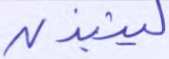
لينبذن